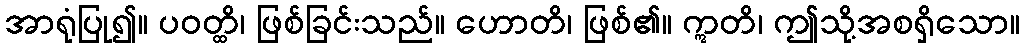
အာရုံပြု၍။ ပဝတ္ထိ၊ ဖြစ်ခြင်းသည်။ ဟောတိ၊ ဖြစ်၏။ ဣတိ၊ ဤသို့အစရှိသော။